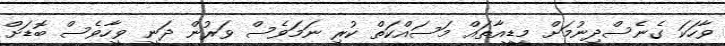
ވާހަކަ ގެނެސްދިނުމަށް މީޑީއާތައް މަސައްކަތް ކުރި ނަމަވެސް ވަރުން ދަނީ ވީހާވެސް ބޮޑަށް